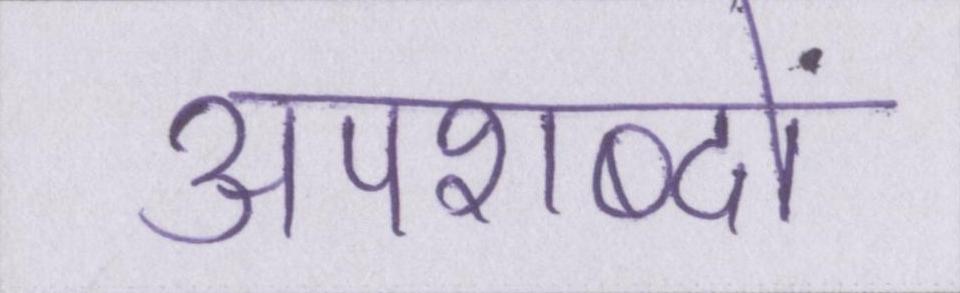
अपशब्दों